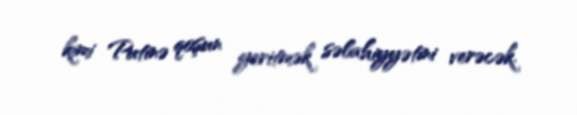
kimi Putinə qoşun yeritmək səlahiyyətini verəcək.